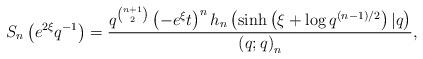
LaTeX: \begin{align*}S_{n}\left(e^{2\xi}q^{-1}\right)=\frac{q^{\binom{n+1}{2}}\left(-e^{\xi}t\right)^{n}h_{n}\left(\sinh\left(\xi+\log q^{\left(n-1\right)/2}\right)\vert q\right)}{\left(q;q\right)_{n}},\end{align*}